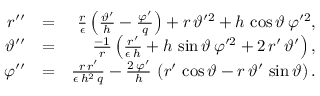
\begin{array} { r l r } { r ^ { \prime \prime } } & { = } & { \frac { r } { \epsilon } \left( \frac { \vartheta ^ { \prime } } { h } - \frac { \varphi ^ { \prime } } { q } \right) + r \, \vartheta ^ { \prime 2 } + h \, \cos \vartheta \, \varphi ^ { \prime 2 } , } \\ { \vartheta ^ { \prime \prime } } & { = } & { \frac { - 1 } { r } \left( \frac { r ^ { \prime } } { \epsilon \, h } + h \, \sin \vartheta \, \varphi ^ { \prime 2 } + 2 \, r ^ { \prime } \, \vartheta ^ { \prime } \right) , } \\ { \varphi ^ { \prime \prime } } & { = } & { \frac { r \, r ^ { \prime } } { \epsilon \, h ^ { 2 } \, q } - \frac { 2 \, \varphi ^ { \prime } } { h } \, \left( r ^ { \prime } \, \cos \vartheta - r \, \vartheta ^ { \prime } \, \sin \vartheta \right) . } \end{array}